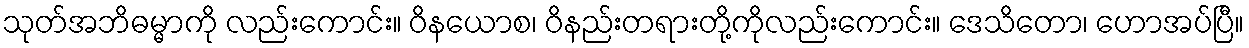
သုတ်အဘိဓမ္မာကို လည်းကောင်း။ ဝိနယောစ၊ ဝိနည်းတရားတို့ကိုလည်းကောင်း။ ဒေသိတော၊ ဟောအပ်ပြီ။